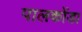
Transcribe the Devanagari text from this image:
पालकोंडा